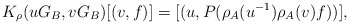
\begin{align*}K_\rho(uG_B,vG_B)[(v,f)]=[(u,P(\rho_A(u^{-1})\rho_A(v)f))],\end{align*}